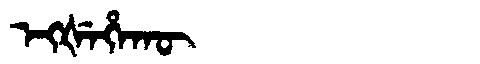
Manchu: ᡝᡴᡧᡝᡥᠠᡴᡡ
Romanization: EKŠEHAKŪ